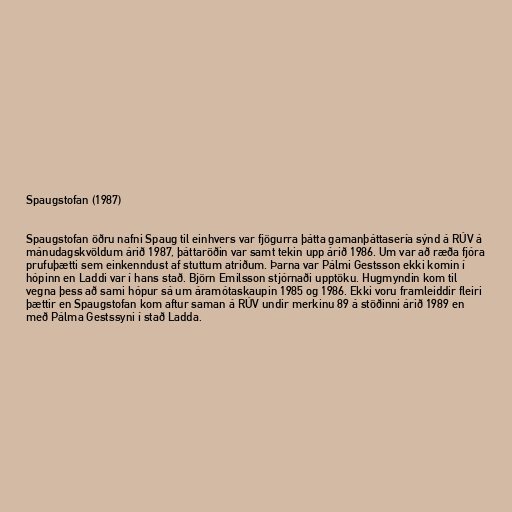
Spaugstofan (1987)

Spaugstofan öðru nafni Spaug til einhvers var fjögurra þátta gamanþáttasería sýnd á RÚV á
mánudagskvöldum árið 1987, þáttaröðin var samt tekin upp árið 1986. Um var að ræða fjóra
prufuþætti sem einkenndust af stuttum atriðum. Þarna var Pálmi Gestsson ekki komin í
hópinn en Laddi var í hans stað. Björn Emilsson stjórnaði upptöku. Hugmyndin kom til
vegna þess að sami hópur sá um áramótaskaupin 1985 og 1986. Ekki voru framleiddir fleiri
þættir en Spaugstofan kom aftur saman á RÚV undir merkinu 89 á stöðinni árið 1989 en
með Pálma Gestssyni í stað Ladda.